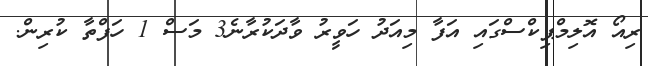
ރިއޯ އޮލިމްޕިކްސްގައި އަފާ މިއަދު ހަވީރު ވާދަކުރާނެ3 މަސް 1 ހަފްތާ ކުރިން.